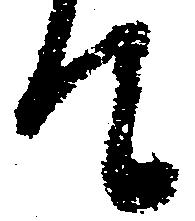
て